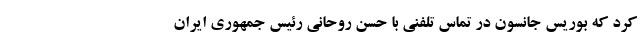
کرد که بوریس جانسون در تماس تلفنی با حسن روحانی رئیس جمهوری ایران